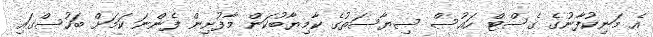
އެ މަނިކުފާނުގެ ގެސްޓް ހައުސް ސިޔާސަތުގެ ކާމިޔާބުކަން މާފުށިން ފެންނަ ކަމަށް ބަހުސްގައި